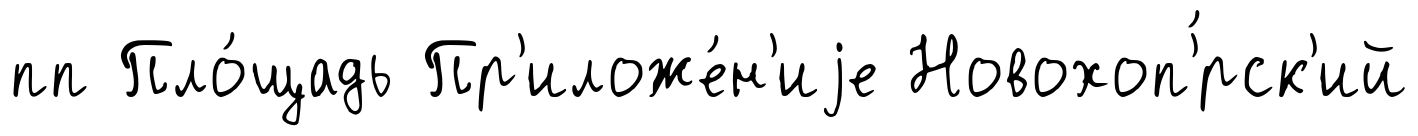
пп Пло́щадь Пр'иложе́н'иjе Новохоп'́рск'ий